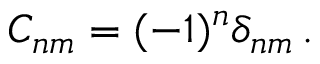
C _ { n m } = ( - 1 ) ^ { n } \delta _ { n m } \, .